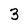
Character: 3